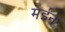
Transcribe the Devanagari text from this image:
मेईन